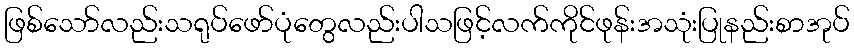
ဖြစ်သော်လည်းသရုပ်ဖော်ပုံတွေလည်းပါသဖြင့်လက်ကိုင်ဖုန်းအသုံးပြုနည်းစာအုပ်